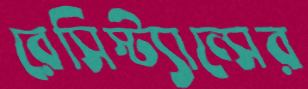
রেসিস্ট্যান্সের